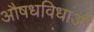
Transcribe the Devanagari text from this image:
औषधविधाओं